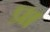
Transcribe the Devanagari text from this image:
प्र।